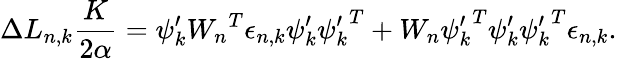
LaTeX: \Delta L_{n,k}\frac{K}{2\alpha}={\psi_{k}^{\prime}}{W_{n}}^{T}\epsilon_{n,k}{\psi_{k}^{\prime}}{\psi_{k}^{\prime}}^{T}+{W_{n}}{\psi_{k}^{\prime}}^{T}{\psi_{k}^{\prime}}{\psi_{k}^{\prime}}^{T}\epsilon_{n,k}.